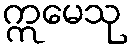
ဣမေသု